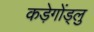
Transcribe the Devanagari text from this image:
कड़ेगोंड्लु